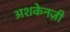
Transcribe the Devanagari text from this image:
अशकेनज़ी